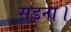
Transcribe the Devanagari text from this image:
सड़ना।